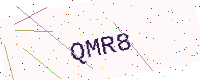
Text: QMR8